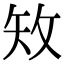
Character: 𥎪